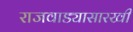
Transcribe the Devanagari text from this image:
राजवाड्यासारखी